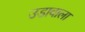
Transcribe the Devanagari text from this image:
उडावाला